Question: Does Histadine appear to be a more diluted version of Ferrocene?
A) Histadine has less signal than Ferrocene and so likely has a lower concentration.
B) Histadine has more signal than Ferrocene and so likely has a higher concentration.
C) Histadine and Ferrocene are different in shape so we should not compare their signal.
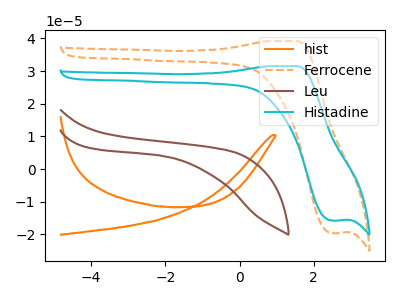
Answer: <think>The orange curve "hist" has no peaks. The orange dashed curve "Ferrocene" has an anodic peak at (1.35V, 39.20uA) and a cathodic peak at (2.50V, -19.60uA). The brown curve "Leu" has no peaks. The cyan curve "Histadine" has an anodic peak at (1.35V, 31.50uA) and a cathodic peak at (2.50V, -15.75uA).
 All the peaks in "Histadine" have a peak in "Ferrocene" at the same potential. Every peak in "Histadine" is lower than every peak in "Ferrocene".</think>
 <answer>A) "Histadine" has less signal than "Ferrocene" and so likely has a lower concentration.</answer>
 <eval>A</eval>